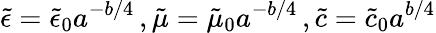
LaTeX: \tilde{\epsilon}=\tilde{\epsilon}_{0}a^{-b/4}\, ,\tilde{\mu}=\tilde{\mu}_{0}a^{-b/4}\, ,\tilde{c}=\tilde{c}_{0}a^{b/4}